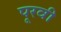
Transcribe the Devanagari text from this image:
पूरवी